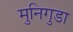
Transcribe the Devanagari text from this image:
मुनिगुडा